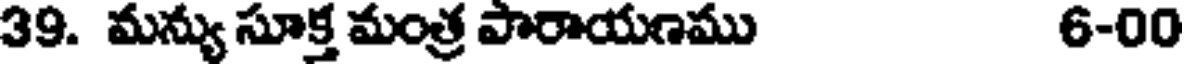
39. మన్యు సూక్త మంత్ర పారాయణము 6-00